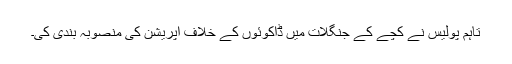
تاہم پولیس نے کچے کے جنگلات میں ڈاکوئوں کے خلاف آپریشن کی منصوبہ بندی کی۔